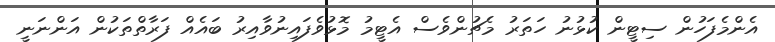
އެންމެފަހުން ސިޓީން ކުޅުނު ހަތަރު މެޗުންވެސް އެޓީމު މޮޅުވެފައިނުވާއިރު ބައެއް ފަރާތްތަކުން އަންނަނީ